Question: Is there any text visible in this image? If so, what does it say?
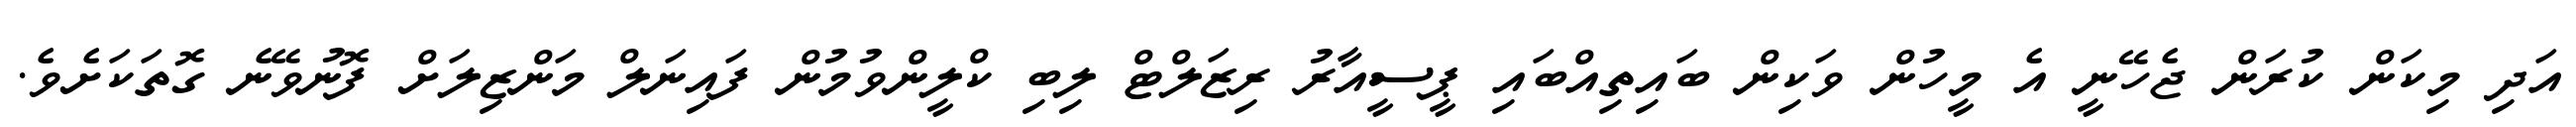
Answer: އަދި މިކަން ކުރަން ޖެހޭނީ އެ މީހުން ވަކިން ބައިތިއްބައި ޕީސީއާރު ރިޒަލްޓް ލިބި ކްލީންވުމުން ފައިނަލް މަންޒިލަށް ފޮނުވޭނެ ގޮތަކަށެވެ.